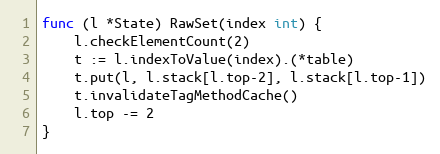
Language: Go
func (l *State) RawSet(index int) {
	l.checkElementCount(2)
	t := l.indexToValue(index).(*table)
	t.put(l, l.stack[l.top-2], l.stack[l.top-1])
	t.invalidateTagMethodCache()
	l.top -= 2
}